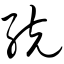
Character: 统